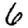
Digit: 6